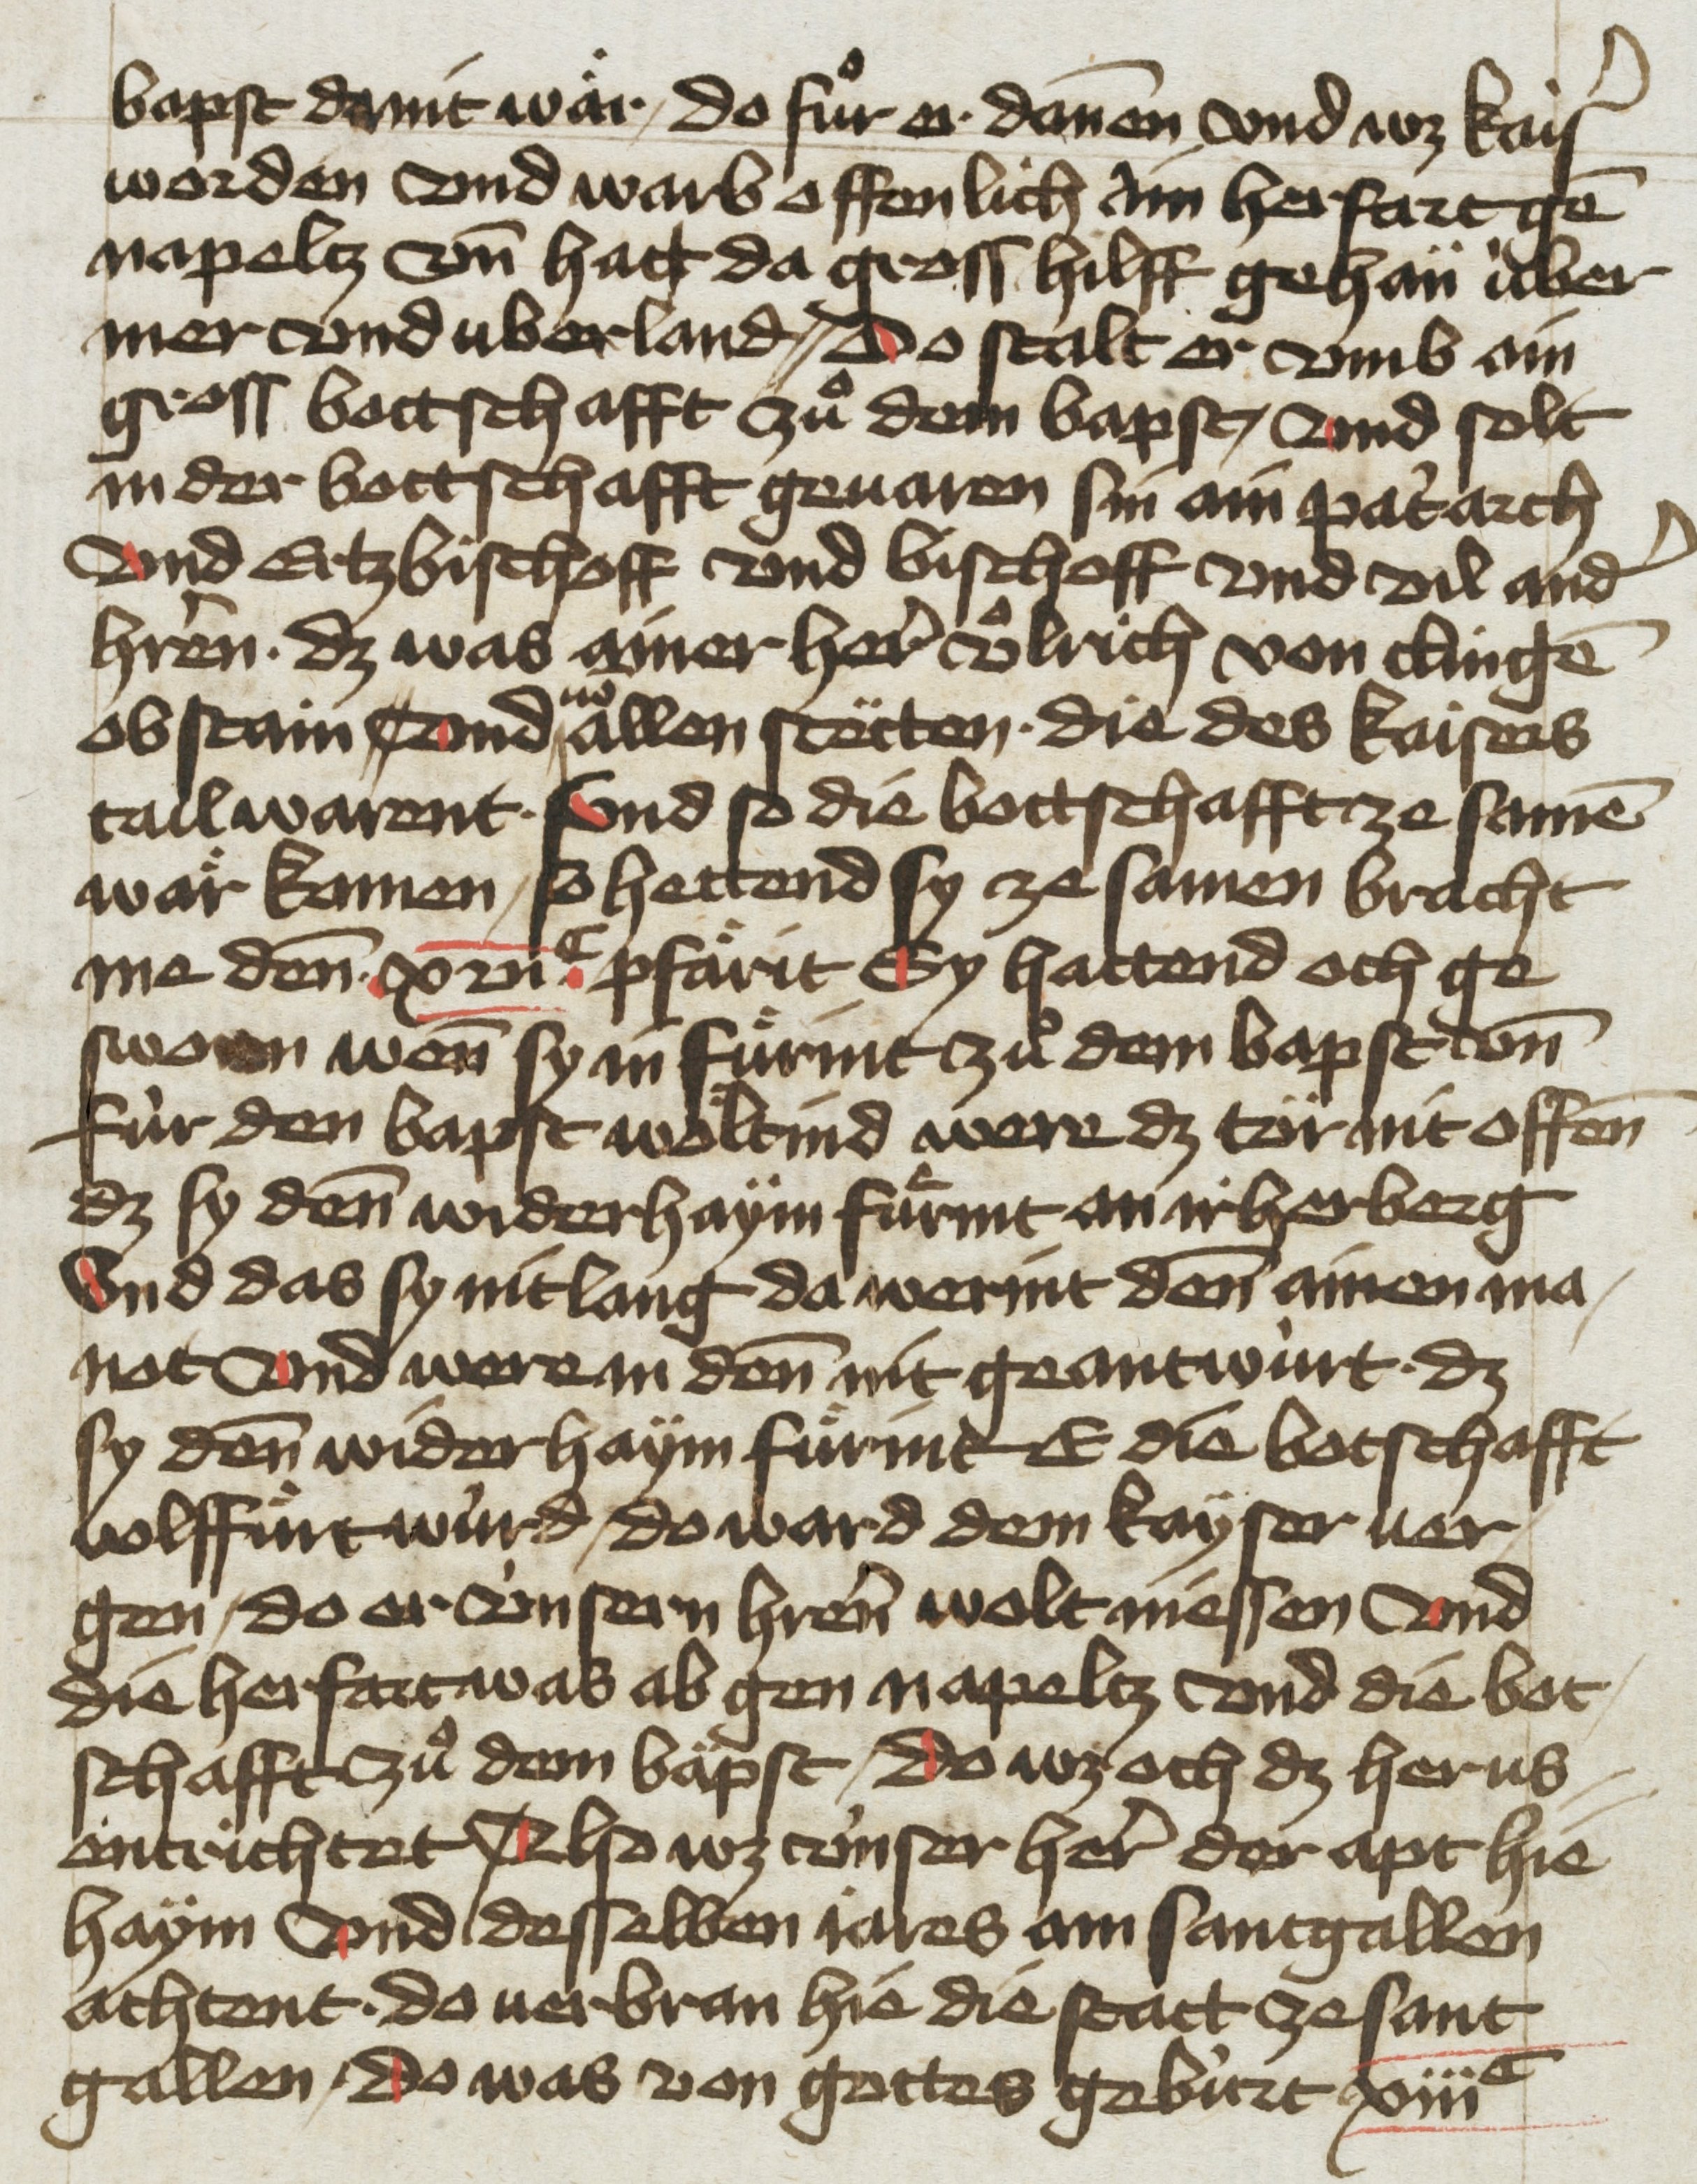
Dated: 1455–1465